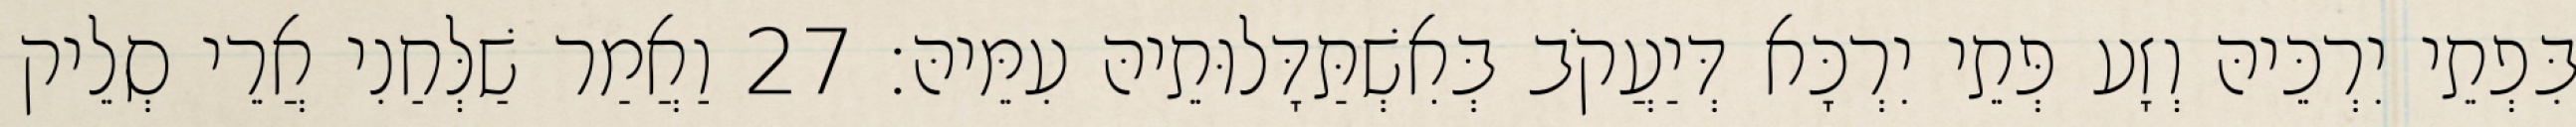
בִּפְתֵי יִרְכֵּיהּ וְזָע פְּתֵי יִרְכָּא דְּיַעֲקֹב בְּאִשְׁתַּדָּלוּתֵיהּ עִמֵּיהּ׃ 27 וַאֲמַר שַׁלְּחַנִי אֲרֵי סְלֵיק